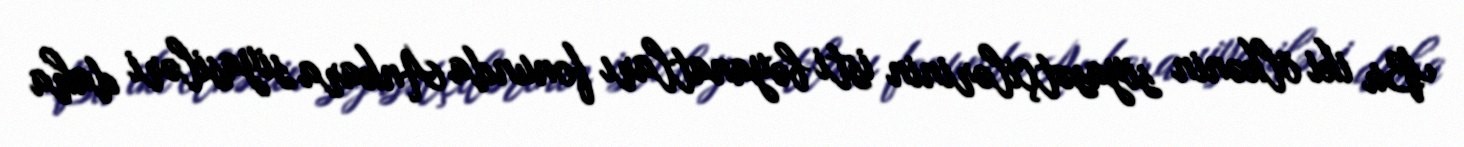
Bu iki ölkənin siyasətçilərinin isti bəyanatları fonunda Ankara siyasiləri daha